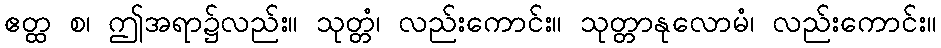
ဧတ္ထ စ၊ ဤအရာ၌လည်း။ သုတ္တံ၊ လည်းကောင်း။ သုတ္တာနုလောမံ၊ လည်းကောင်း။